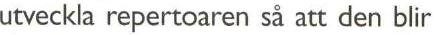
utveckla repertoaren så att den blir